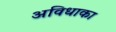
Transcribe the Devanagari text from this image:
अविधाका